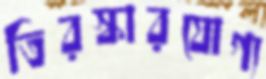
তিরস্কারযোগ্য